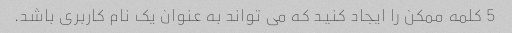
5 کلمه ممکن را ایجاد کنید که می تواند به عنوان یک نام کاربری باشد.